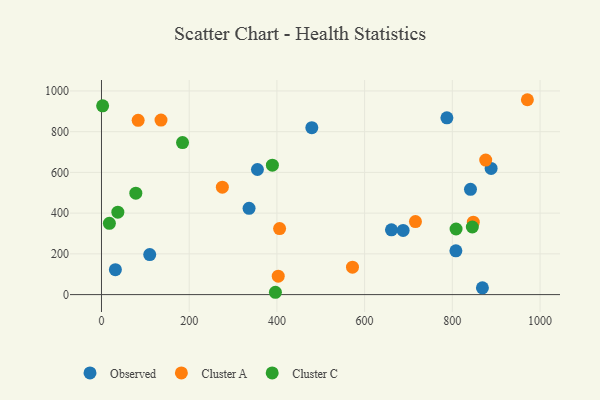
{"axis": {"x": "Speed", "y": "Demand"}, "legend": ["Cluster A", "Cluster C", "Observed"], "data": [{"x": "336.5", "y": 423.7, "type": "Observed"}, {"x": "787.6", "y": 867.8, "type": "Observed"}, {"x": "355.6", "y": 614.3, "type": "Observed"}, {"x": "888.4", "y": 619.5, "type": "Observed"}, {"x": "841.4", "y": 517.1, "type": "Observed"}, {"x": "868.6", "y": 33.4, "type": "Observed"}, {"x": "687.8", "y": 315.3, "type": "Observed"}, {"x": "661.2", "y": 318.2, "type": "Observed"}, {"x": "31.7", "y": 122.4, "type": "Observed"}, {"x": "110.0", "y": 196.7, "type": "Observed"}, {"x": "479.6", "y": 819.5, "type": "Observed"}, {"x": "808.1", "y": 214.9, "type": "Observed"}, {"x": "715.9", "y": 358.8, "type": "Cluster A"}, {"x": "847.8", "y": 355.8, "type": "Cluster A"}, {"x": "135.7", "y": 857.2, "type": "Cluster A"}, {"x": "83.6", "y": 855.9, "type": "Cluster A"}, {"x": "406.1", "y": 324.0, "type": "Cluster A"}, {"x": "971.1", "y": 956.9, "type": "Cluster A"}, {"x": "403.0", "y": 90.4, "type": "Cluster A"}, {"x": "876.1", "y": 660.6, "type": "Cluster A"}, {"x": "275.6", "y": 527.5, "type": "Cluster A"}, {"x": "572.3", "y": 134.6, "type": "Cluster A"}, {"x": "389.7", "y": 635.6, "type": "Cluster C"}, {"x": "184.8", "y": 746.3, "type": "Cluster C"}, {"x": "396.6", "y": 11.4, "type": "Cluster C"}, {"x": "808.5", "y": 322.2, "type": "Cluster C"}, {"x": "2.6", "y": 927.1, "type": "Cluster C"}, {"x": "78.3", "y": 498.2, "type": "Cluster C"}, {"x": "845.6", "y": 331.9, "type": "Cluster C"}, {"x": "18.0", "y": 350.0, "type": "Cluster C"}, {"x": "37.3", "y": 404.7, "type": "Cluster C"}]}